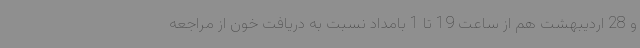
و 28 اردیبهشت هم از ساعت 19 تا 1 بامداد نسبت به دریافت خون از مراجعه